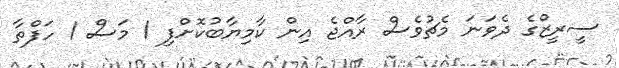
ސީރީޒްގެ ދެވަނަ މެޗުވެސް ރާއްޖެ އިން ކާމިޔާބުކޮށްފި 1 މަސް 1 ހަފްތާ